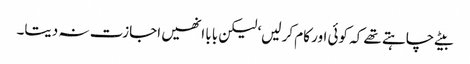
بیٹے چاہتے تھے کہ کوئی اور کام کر لیں‘ لیکن بابا انھیں اجازت نہ دیتا۔